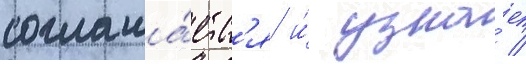
соглаша́етс'я и́ узна́ет /